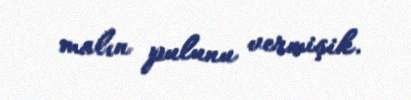
malın pulunu vermişik.